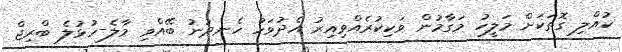
ކުއްލި ގޮތަކަށް މަލީހު މަގާމުން ވަކިކުރެއްވިއިރު އެދުވަހު ހެނދުނު ބޭއްވި މާލެ-ހުޅުލެ ބްރިޖް